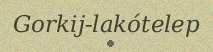
Gorkij-lakótelep